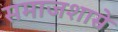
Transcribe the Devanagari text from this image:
समाजशास्रे